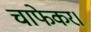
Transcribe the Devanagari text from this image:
चाफेकर।